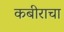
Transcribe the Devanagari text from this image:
कबीराचा